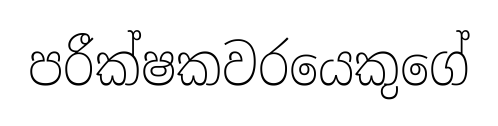
පරීක්ෂකවරයෙකුගේ